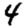
Digit: 4